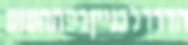
הדרךלבנייןבפההעזע